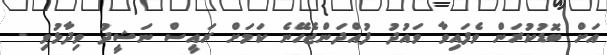
އަށް ބޮޑުކުރަން ވެފައިވާ ވައުދު ފުއްދަންޖެހޭނެ ކަމަށް ރައީސް ނަޝީދު ވިދާޅުވި -